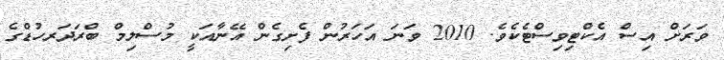
ވަރަށް އިސް އެކްޓިވިސްޓެކެވެ. 2010 ވަނަ އަހަރުން ފެށިގެން އޭނާއަކީ މުސްލިމް ބްރަދަރހުޑްގެ